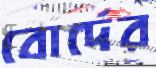
বোর্দের